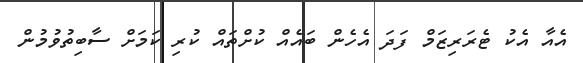
އެއާ އެކު ޓެރަރިޒަމް ފަދަ އެހެން ބައެއް ކުށްތައް ކުރި ކަމަށް ސާބިތުވުމުން